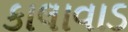
કાલાવાડ